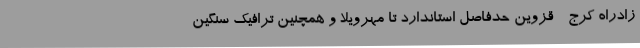
زادراه کرج - قزوین حدفاصل استاندارد تا مهرویلا و همچنین ترافیک سنگین